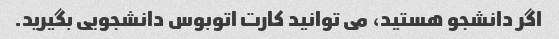
اگر دانشجو هستید، می توانید کارت اتوبوس دانشجویی بگیرید.